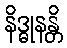
နိဒ္ဓုနန္တိ